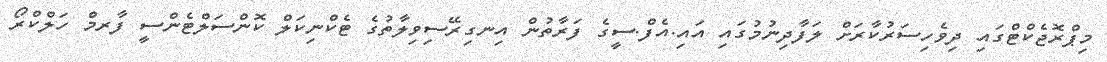
މިޕްރޮޖެކްޓްގައި ދިވެހިސަރުކާރަށް ލަފާދިނުމުގައި އައި.އެފް.ސީގެ ފަރާތުން އިނގިރޭސިވިލާތުގެ ޓެކްނިކަލް ކޮންސަލްޓެންސީ ފާރމް ހަލްކްރޯ